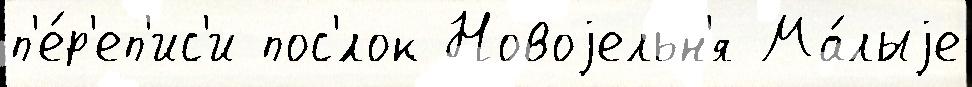
п'е́р'еп'ис'и пос'́лок Новоjельн'я Ма́лыjе